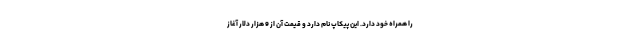
را همراه خود دارد. این پیکاپ نام دارد و قیمت آن از 9 هزار دلار آغاز